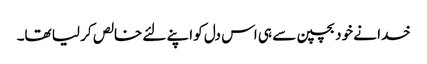
خدا نے خود بچپن سے ہی اس دل کو اپنے لئے خالص کر لیا تھا۔